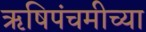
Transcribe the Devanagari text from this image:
ऋषिपंचमीच्या